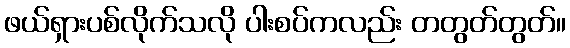
ဖယ်ရှားပစ်လိုက်သလို ပါးစပ်ကလည်း တတွတ်တွတ်။